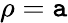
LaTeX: \rho=\mathtt{a}